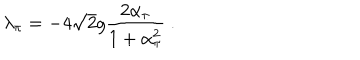
\lambda _ { \pi } = - 4 \sqrt { 2 } g \frac { 2 \alpha _ { \pi } } { 1 + \alpha _ { \pi } ^ { 2 } } \ .